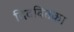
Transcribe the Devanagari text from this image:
दिदवितका